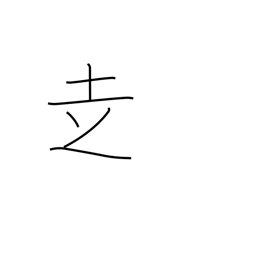
Meaning: go on foot